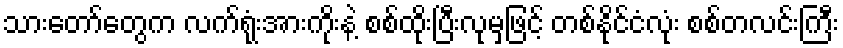
သားတော်တွေက လက်ရုံးအားကိုးနဲ့ စစ်ထိုးပြီးလုမှဖြင့် တစ်နိုင်ငံလုံး စစ်တလင်းကြီး